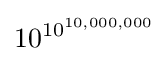
10^{10^{10,000,000}}